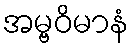
အမ္ဗဝိမာနံ